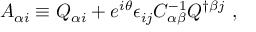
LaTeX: A _ { \alpha i } \equiv Q _ { \alpha i } + e ^ { i \theta } \epsilon _ { i j } { \cal C } _ { \alpha \beta } ^ { - 1 } Q ^ { \dagger \beta j } \ ,